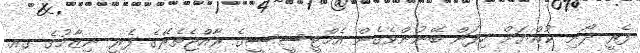
ފެރީ ދޯނި ކުއްޔަށް ހިފަން ބޭނުންވެގެން އެމްޓީސީސީގެ ރާއްޖެތެރޭގެ ފެރީ ނިޒާމުގެ ގއ.